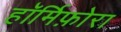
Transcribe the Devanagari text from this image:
हॉर्मिफ़ोरा